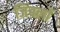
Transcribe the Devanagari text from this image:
जिंबलों